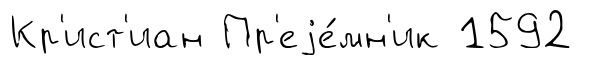
Кр'ист'иан Пр'еjе́мн'ик 1592